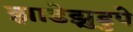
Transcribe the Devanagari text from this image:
झाडेझुडुपे